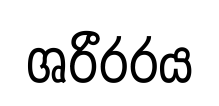
ශරීරරය